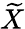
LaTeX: \widetilde{X}